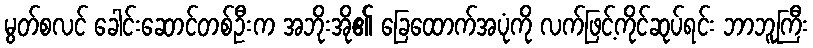
မွတ်စလင် ခေါင်းဆောင်တစ်ဦးက အဘိုးအို၏ ခြေထောက်အပုံကို လက်ဖြင့်ကိုင်ဆုပ်ရင်း ဘာဘူကြီး